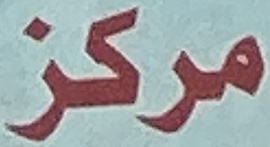
مركز